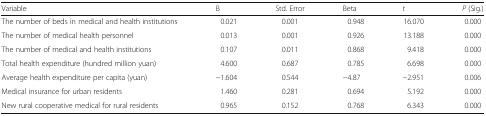
| Variable | B | Std. Error | Beta | t | P (Sig.) |
 | --- | --- | --- | --- | --- | --- |
 | The number of beds in medical and health institutions | 0.021 | 0.001 | 0.948 | 16.070 | 0.000 |
 | The number of medical health personnel | 0.013 | 0.001 | 0.926 | 13.188 | 0.000 |
 | The number of medical and health institutions | 0.107 | 0.011 | 0.868 | 9.418 | 0.000 |
 | Total health expenditure (hundred million yuan) | 4.600 | 0.687 | 0.785 | 6.698 | 0.000 |
 | Average health expenditure per capita (yuan) | −1.604 | 0.544 | −4.87 | −2.951 | 0.006 |
 | Medical insurance for urban residents | 1.460 | 0.281 | 0.694 | 5.192 | 0.000 |
 | New rural cooperative medical for rural residents | 0.965 | 0.152 | 0.768 | 6.343 | 0.000 |